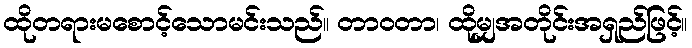
ထိုတရားမစောင့်သောမင်းသည်။ တာဝတာ၊ ထိုမျှအတိုင်းအရှည်ဖြင့်။